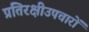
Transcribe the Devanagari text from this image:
प्रतिरक्षीउपचारों